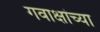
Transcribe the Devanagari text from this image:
गवाक्षांच्या